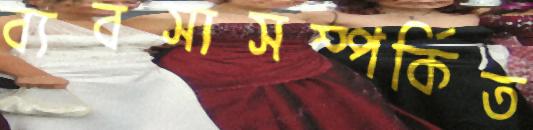
ব্যবসাসম্পর্কিত